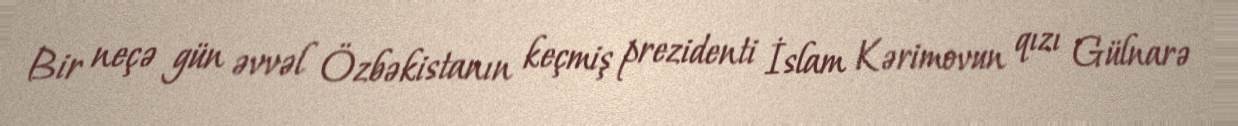
Bir neçə gün əvvəl Özbəkistanın keçmiş prezidenti İslam Kərimovun qızı Gülnarə